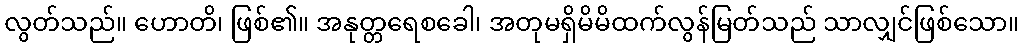
လွတ်သည်။ ဟောတိ၊ ဖြစ်၏။ အနုတ္တရေစခေါ၊ အတုမရှိမိမိထက်လွန်မြတ်သည် သာလျှင်ဖြစ်သော။